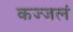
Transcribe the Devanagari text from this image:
कज्जलं